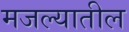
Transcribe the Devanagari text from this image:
मजल्यातील